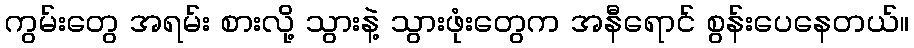
ကွမ်းတွေ အရမ်း စားလို့ သွားနဲ့ သွားဖုံးတွေက အနီရောင် စွန်းပေနေတယ်။